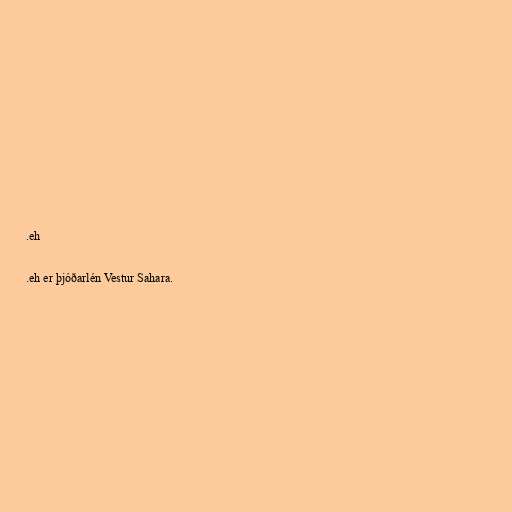
.eh

.eh er þjóðarlén Vestur Sahara.